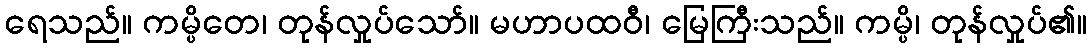
ရေသည်။ ကမ္ပိတေ၊ တုန်လှုပ်သော်။ မဟာပထဝီ၊ မြေကြီးသည်။ ကမ္ပိ၊ တုန်လှုပ်၏။